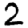
Digit: 2